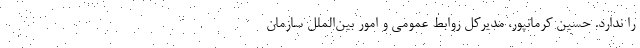
را ندارد. حسین کرمانپور، مدیرکل روابط عمومی و امور بین‌الملل سازمان